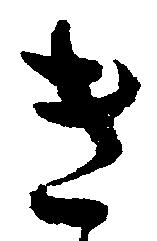
き